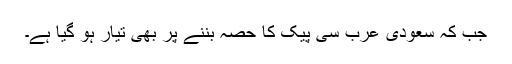
جب کہ سعودی عرب سی پیک کا حصہ بننے پر بھی تیار ہو گیا ہے۔